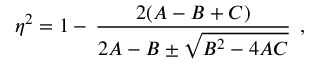
\eta ^ { 2 } = 1 - \, \frac { 2 ( A - B + C ) } { 2 A - B \pm \sqrt { B ^ { 2 } - 4 A C } } \, \; ,